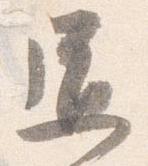
道